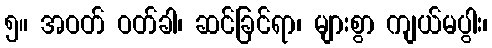
၅။ အဝတ် ဝတ်ခါ၊ ဆင်ခြင်ရာ၊ များစွာ ကျယ်မပွါး၊